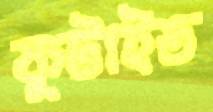
ফুটাইত